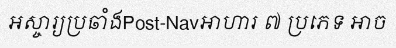
អស្ចារ្យប្រឆាំងPost-Navអាហារ ៧ ប្រភេទ អាច